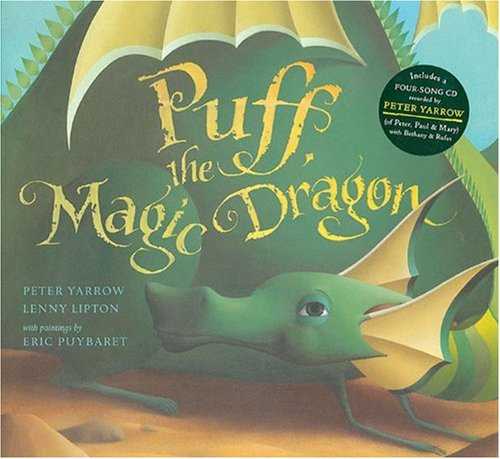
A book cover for Puff, the Magic Dragon; Peter Yarrow; Humor & Entertainment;